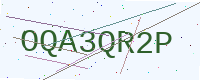
Text: OQA3QR2P